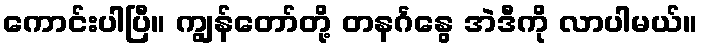
ကောင်းပါပြီ။ ကျွန်တော်တို့ တနင်္ဂနွေ အဲဒီကို လာပါမယ်။